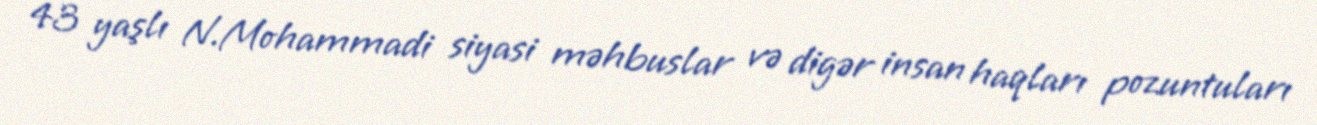
43 yaşlı N.Mohammadi siyasi məhbuslar və digər insan haqları pozuntuları